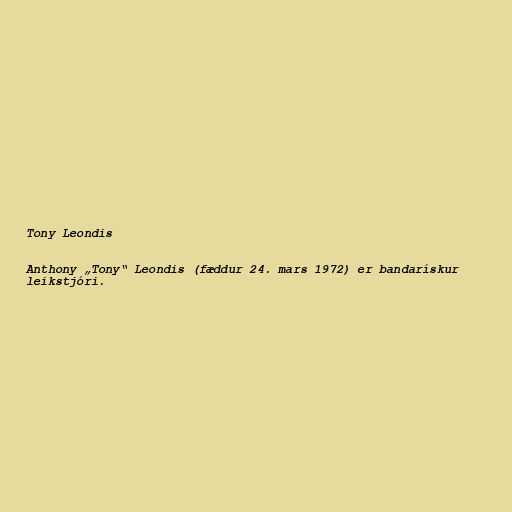
Tony Leondis

Anthony „Tony“ Leondis (fæddur 24. mars 1972) er bandarískur
leikstjóri.